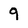
Character: 9